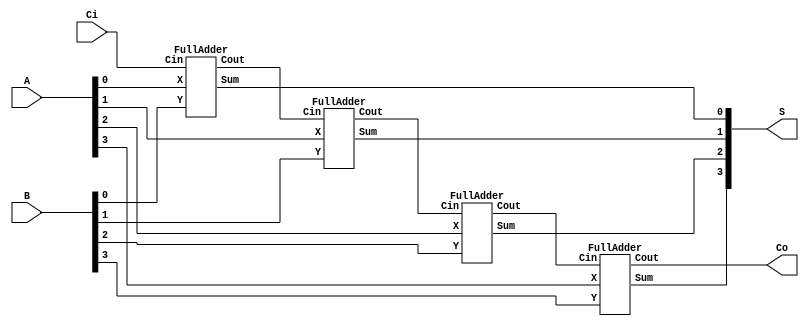
module adder_4bit(A, B, Ci, S, Co);
input [3:0] A, B;
input Ci;
output [3:0] S;
output Co;
wire [4:0] C;
assign C[0] = Ci;
genvar i;
generate for (i = 0; i < 4; i = i+1) begin : gen_loop
FullAdder FA(A[i], B[i], C[i], C[i+1], S[i]);
end
endgenerate
assign Co = C[4];
endmodule

module FullAdder(X, Y, Cin, Cout, Sum);
input X, Y, Cin;
output Cout, Sum;
assign Sum = X ^ Y ^ Cin;
assign Cout = (X&Y) | (Y&Cin) | (X&Cin);
endmodule